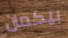
بيكمان